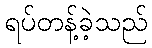
ရပ်တန့်ခဲ့သည်